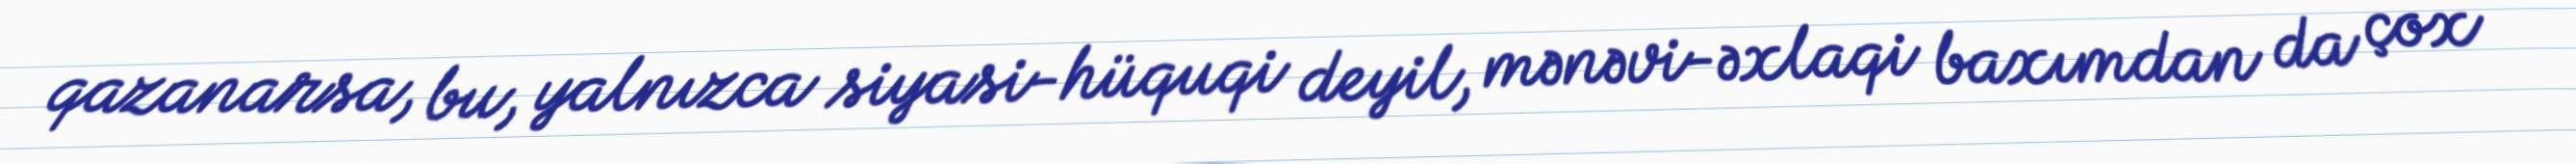
qazanarsa, bu, yalnızca siyasi-hüquqi deyil, mənəvi-əxlaqi baxımdan da çox